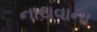
નાથવાના